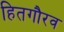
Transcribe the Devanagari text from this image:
हितगौरव